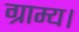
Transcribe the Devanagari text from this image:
ग्राम्य।